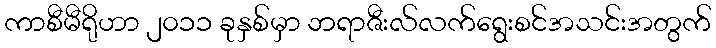
ကာစီမီရိုဟာ ၂၀၁၁ ခုနှစ်မှာ ဘရာဇီးလ်လက်ရွေးစင်အသင်းအတွက်